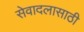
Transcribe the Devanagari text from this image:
सेवादलासाठी